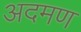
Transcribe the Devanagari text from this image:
अदमण